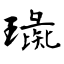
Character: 璏